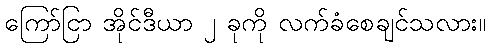
ကြော်ငြာ အိုင်ဒီယာ ၂ ခုကို လက်ခံစေချင်သလား။